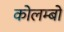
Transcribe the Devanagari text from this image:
कोलम्‍बो